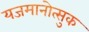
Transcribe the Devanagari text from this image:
यजमानोत्सुक